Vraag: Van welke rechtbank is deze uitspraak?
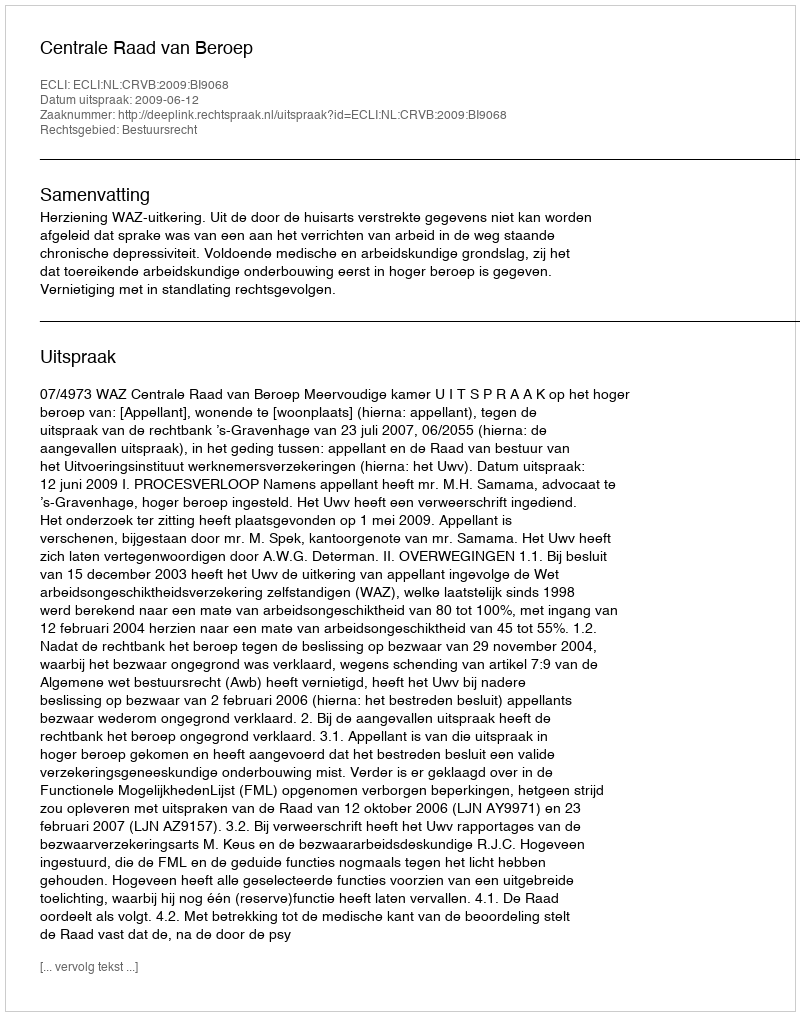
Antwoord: Centrale Raad van Beroep